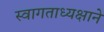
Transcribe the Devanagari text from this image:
स्वागताध्यक्षाने